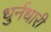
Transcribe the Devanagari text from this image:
धुर्नधारी